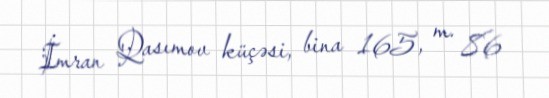
İmran Qasımov küçəsi, bina 165, m. 86